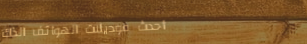
أحدث موديلات الهواتف الذك